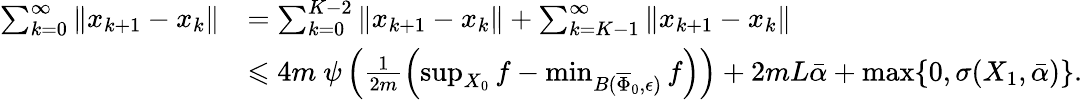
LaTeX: \begin{array}{rl}{\sum_{k=0}^{\infty}\| x_{k+1}-x_{k}\| }&{=\sum_{k=0}^{K-2}\| x_{k+1}-x_{k}\| +\sum_{k=K-1}^{\infty}\| x_{k+1}-x_{k}\| }\\ &{\leqslant 4m~\psi\left(\frac{1}{2m}\left(\operatorname*{sup}_{X_{0}}f-\operatorname*{min}_{B(\overline{{\Phi}}_{0},\epsilon)}f\right)\right)+2mL\bar{\alpha}+\operatorname*{max}\{ 0,\sigma(X_{1},\bar{\alpha})\} .}\end{array}